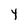
Character: 4